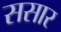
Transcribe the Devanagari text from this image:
ससार